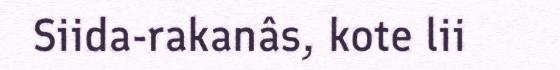
Siida-rakanâs, kote lii